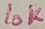
Text: 10K